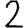
Digit: 2